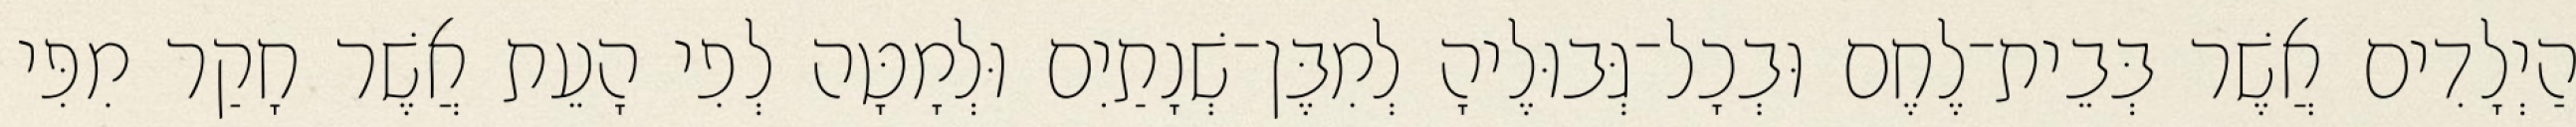
הַיְלָדִים אֲשֶׁר בְּבֵית־לֶחֶם וּבְכָל־גְּבוּלֶיהָ לְמִבֶּן־שְׁנָתַיִם וּלְמָטָּה לְפִי הָעֵת אֲשֶׁר חָקַר מִפִּי